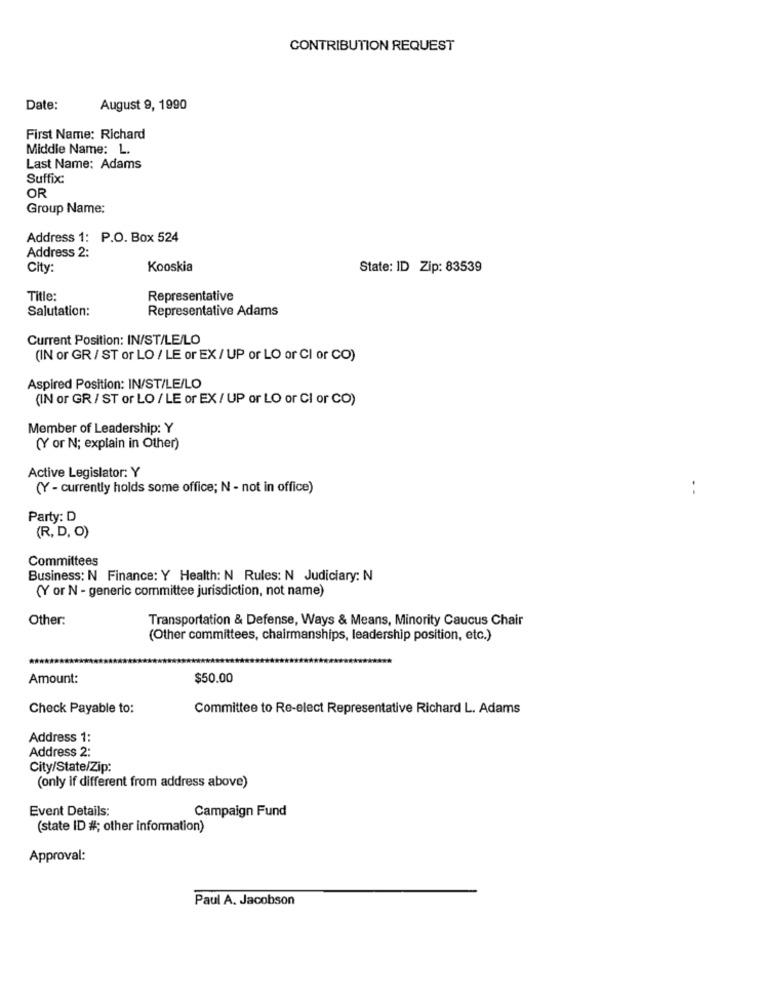
CONTRIBUTION REQUEST
Date:
August 9, 1990
First Name: Richard
Middle Name: L.
Last Name: Adams
Suffix:
OF
Group Name:
Address 1: P.O. Box 524
Address 2:
City:
Kooskia
State: ID Zip: 83539
Title:
Representative
Salutation:
Representative Adams
Current Position: IN/ST/LE/LO
(IN or GR / ST or LO / LE or EX / UP or LO or CI or CO)
Aspired Position: IN/ST/LE/LO
(IN or GR / ST or LO / LE or EX / UP or LO or CI or CO)
Member of Leadership: Y
(Y or N; explain in Other)
Active Legislator: Y
(Y - currently holds some office; N - not in office)
. .
Party: D
(R, D, O)
Committees
Business: N Finance: Y Health: N Rules: N Judiciary: N
(Y or N - generic committee jurisdiction, not name)
Other:
Transportation & Defense, Ways & Means, Minority Caucus Chair
(Other committees, chairmanships, leadership position, etc.)
Amount:
$50.00
Check Payable to:
Committee to Re-elect Representative Richard L. Adams
Address 1:
Address 2:
City/State/Zip:
(only if different from address above)
Event Details:
Campaign Fund
(state ID #; other information)
Approval:
Paul A. Jacobson